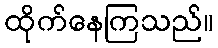
ထိုက်နေကြသည်။